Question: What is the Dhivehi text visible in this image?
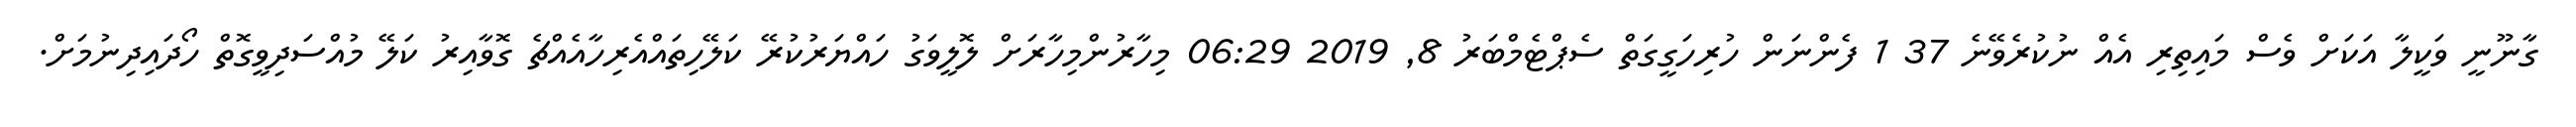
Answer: ގާނޫނީ ވަކީލާ އަކަށް ވެސް މައިތިރި އެއް ނުކުރެވޭނެ 37 1 ފެންނަން ހުރިހަގީގަތް ސެޕްޓެމްބަރު 8, 2019 06:29 މިހާރުންމިހާރަށް ލޮލީވަގު ހައްޔަރުކުރޭ ކަލޭހިތައްއެރިހާއެއްޗެ ގޮވާއިރު ކަލޭ މުއްސަދިވީގޮތް ހޯދައިދިނުމަށް.